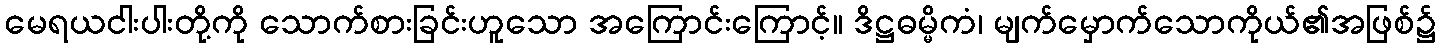
မေရယငါးပါးတို့ကို သောက်စားခြင်းဟူသော အကြောင်းကြောင့်။ ဒိဋ္ဌဓမ္မိကံ၊ မျက်မှောက်သောကိုယ်၏အဖြစ်၌